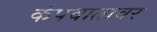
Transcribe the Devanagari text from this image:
कंपवातावर